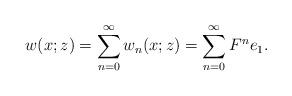
LaTeX: \begin{align*}&w(x;z)= \sum_{n=0}^\infty w_n(x;z)=\sum_{n=0}^\infty F^ne_1.\end{align*}